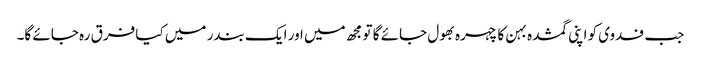
جب فدوی کو اپنی گمشدہ بہن کا چہرہ بھول جائے گا تو مجھ میں اور ایک بندر میں کیا فرق رہ جائے گا۔